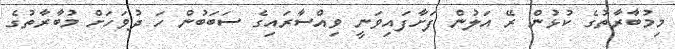
މިމުބާރާތުގެ ކުޅުން ރޭ އަލުން ފަށާފައިވަނީ ވިއްސާރައިގެ ސަބަބުން ހަ ދުވަހަށް މުބާރާތުގެ